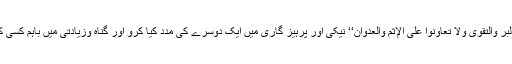
’’ تعاونوا علی البر والتقویٰ ولا تعاونوا علی الإثم والعدوان‘‘ نیکی اور پرہیز گاری میں ایک دوسرے کی مدد کیا کرو اور گناہ وزیادتی میں باہم کسی کی مدد نہ کرو۔